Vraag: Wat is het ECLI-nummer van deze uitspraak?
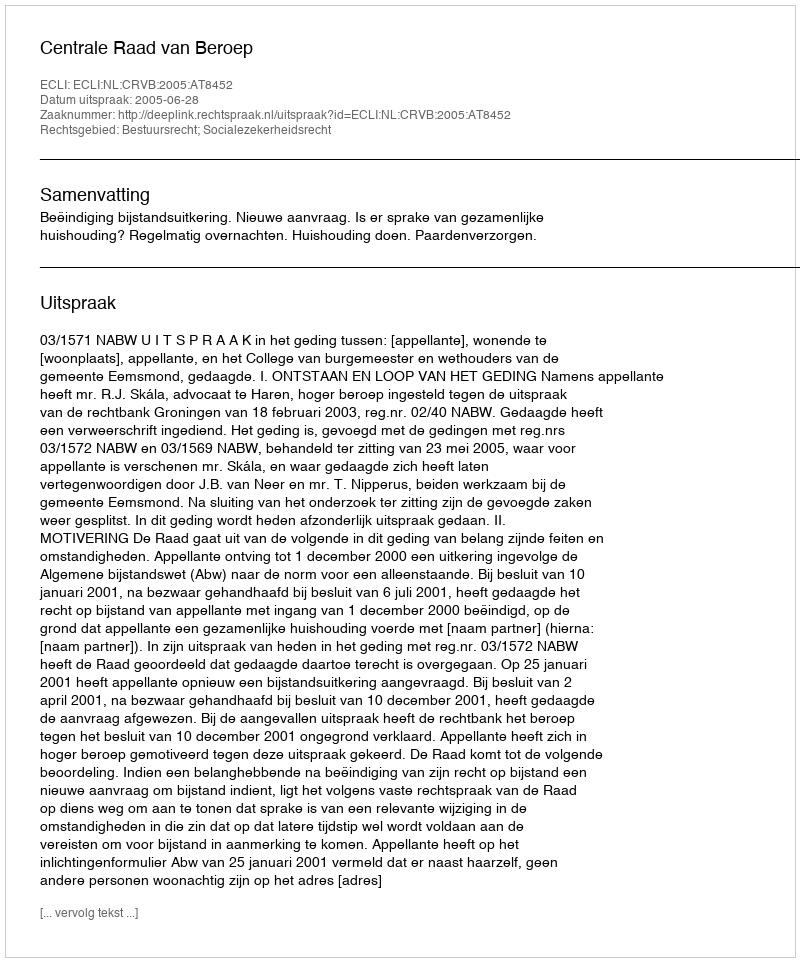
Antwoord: ECLI:NL:CRVB:2005:AT8452